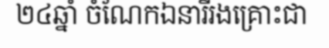
២៤ឆ្នាំ ចំណែកឯនារីរងគ្រោះជា